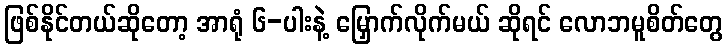
ဖြစ်နိုင်တယ်ဆိုတော့ အာရုံ ၆-ပါးနဲ့ မြှောက်လိုက်မယ် ဆိုရင် လောဘမူစိတ်တွေ